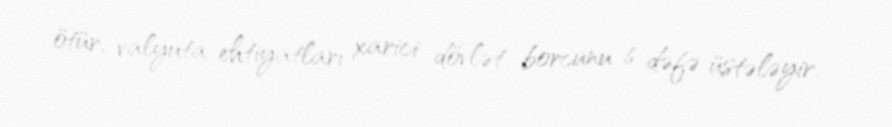
ötür, valyuta ehtiyatları xarici dövlət borcunu 6 dəfə üstələyir.